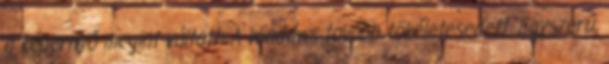
a képernyő megint váltott: A Windows tovább tökéletesedett. Egyszerű,